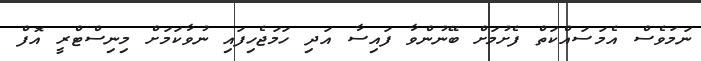
ނަމަވެސް އެމަސައްކަތް ފެށުމަށް ބޭނުންވާ ފައިސާ އަދި ހަމަޖެހިފައި ނުވާކަމަށް މިނިސްޓްރީ އޮފް